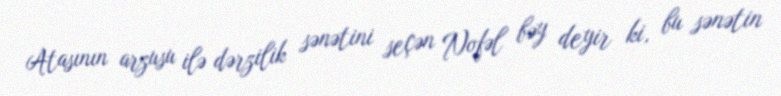
Atasının arzusu ilə dərzilik sənətini seçən Nofəl bəy deyir ki, bu sənətin